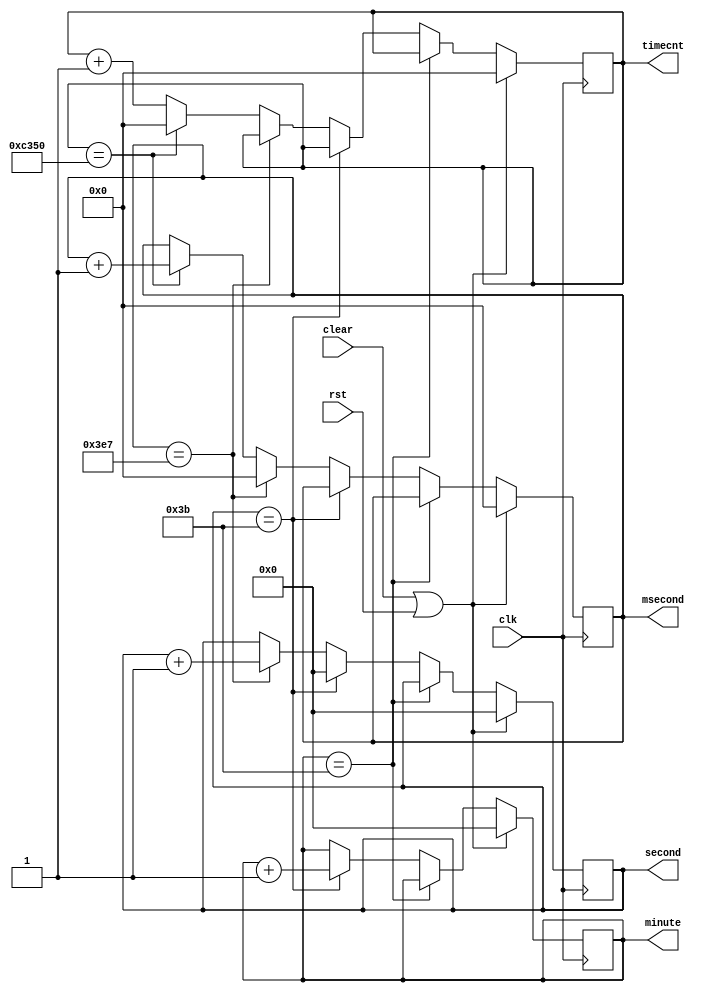
`timescale 1 ns / 1 ns
module timer(
		input clk,//50M
		input rst,
		input clear,
		
		output reg[15:0]timecnt,       
		output reg [7:0]minute,
		output reg [7:0]second,
		output reg [15:0]msecond
		
	);

 wire pos_clear,neg_clear;
 reg clear_r0,clear_r1,clear_r2;
 always@(posedge clk)
	begin
		clear_r0<=clear;
		clear_r1<=clear_r0;
		clear_r2<=clear_r1;
	end
assign pos_clear=(~clear_r2)&clear_r1;
assign neg_clear=clear_r2&(~clear_r1);   
 
 always @(posedge clk)
	begin
		if((clear)||(rst))
			begin
				minute	<=0;
				second	<=0;
				msecond  <=0;
				timecnt	<=0;
			end
		else
			begin
				if(minute==59)
					begin
						minute	<=minute;
					end
				else
					begin
						if(second==59)
							begin
								minute<=minute+1;
								second<=0;
							end
						else
							begin
								minute<=minute;
								if(msecond==999)
									begin
										second<=second+1;
										msecond<=0;
									end
								else
									begin
										second<=second;//50_000*20ns=1ms--50Mhz clock
										if(timecnt==50_000)
											begin
												msecond<=msecond+1;
												timecnt<=0;
											end
										else
											begin
												msecond<=msecond;
												timecnt<=timecnt+1;
											end
									end
							end
					end
			end
	end
	
endmodule